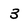
Character: 3